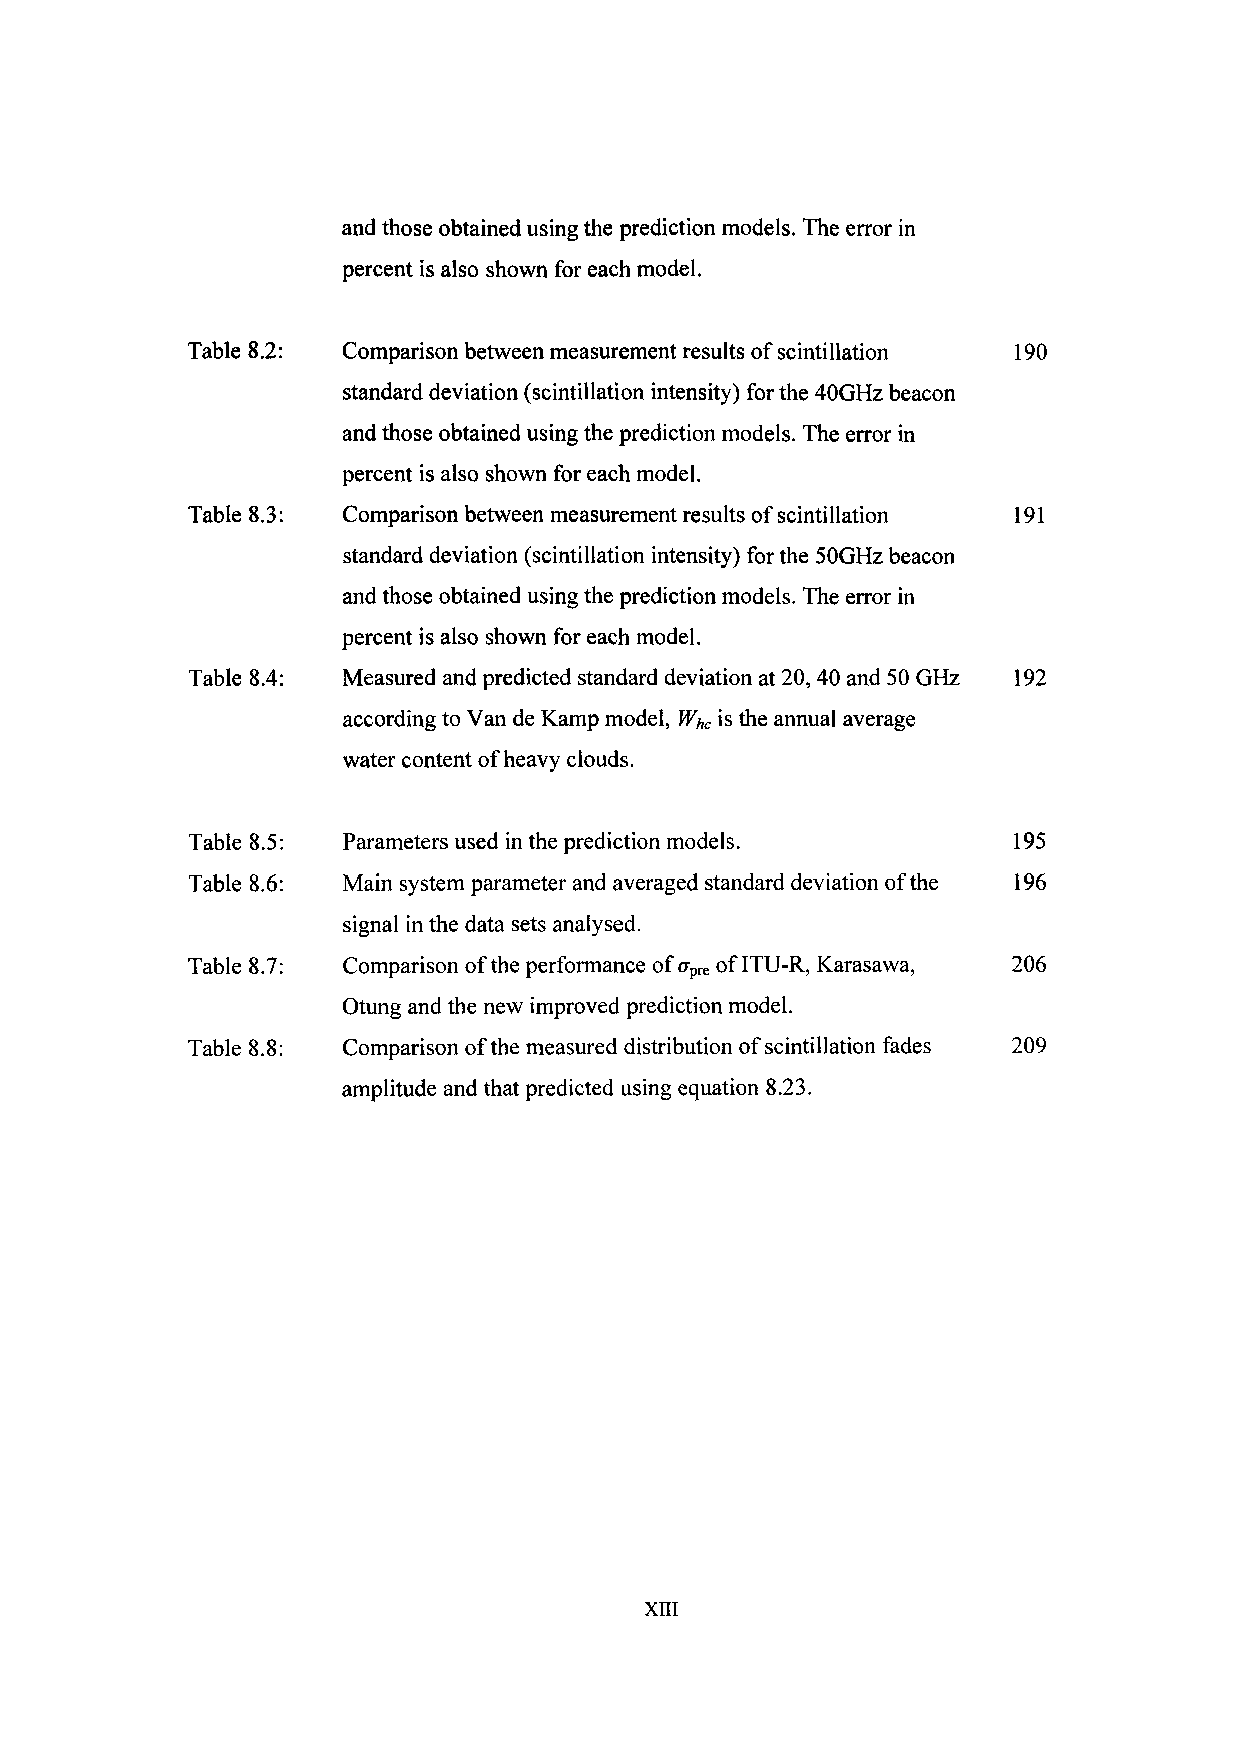
and those obtained using the prediction models. The error in
 percent is also shown for each model.
 Table 8.2: Comparison between measurement results of scintillation 190
 standard deviation (scintillation intensity) for the 40GHz beacon
 and those obtained using the prediction models. The error in
 percent is also shown for each model.
 Table 8.3: Comparison between measurement results of scintillation 191
 standard deviation (scintillation intensity) for the SOGHz beacon
 and those obtained using the prediction models. The error in
 percent is also shown for each model.
 Table 8.4: Measured and predicted standard deviation at 20, 40 and 50 GHz 192
 according to Van de Kamp model, Whc is the annual average
 water content of heavy clouds.
 Table 8.5: Parameters used in the prediction models.   195
 Table 8.6: Main system parameter and averaged standard deviation of the 196
 signal in the data sets analysed.
 Table 8.7: Comparison of the performance of afK of ITU-R, Karasawa, 206
 Otung and the new improved prediction model.
 Table 8.8: Comparison of the measured distribution of scintillation fades 209
 amplitude and that predicted using equation 8.23.
 XIII